Annual administration report of the Civil Veterinary Department of India - 1894-1895
Year: 1894
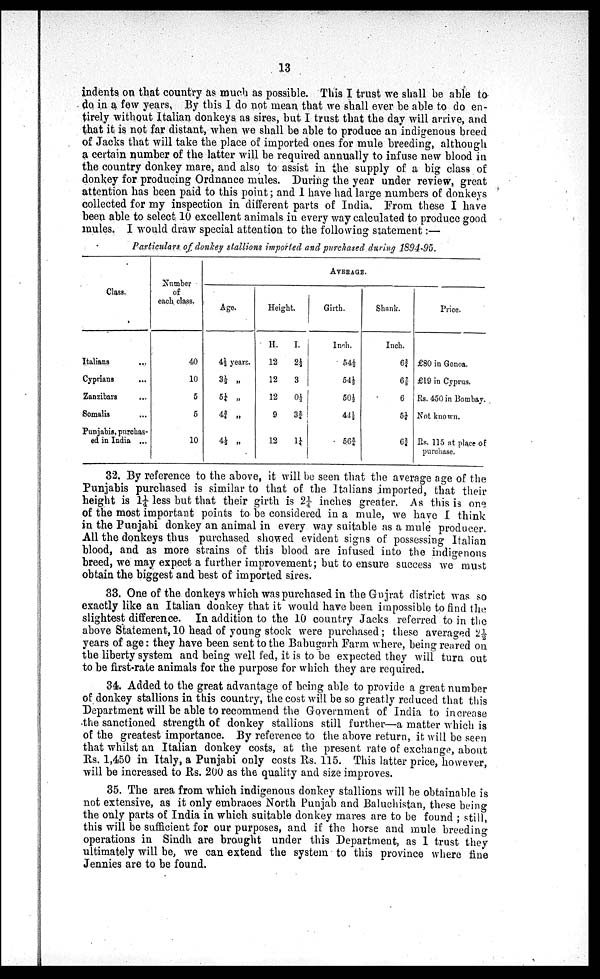
13
indents on that country as much as possible. This I trust we shall be able to
do in a few years. By this I do not mean that we shall ever be able to do en-
tirely without Italian donkeys as sires, but I trust that the day will arrive, and
that it is not far distant, when we shall be able to produce an indigenous breed
of Jacks that will take the place of imported ones for mule breeding, although
a certain number of the latter will be required annually to infuse new blood in
the country donkey mare, and also to assist in the supply of a big class of
donkey for producing Ordnance mules. During the year under review, great
attention has been paid to this point; and I have had large numbers of donkeys
collected for my inspection in different parts of India. From these I have
been able to select 10 excellent animals in every way calculated to produce good
mules. I would draw special attention to the following statement:—
Particulars of donkey stallions imported and purchased during 1894-95.
Class.
Italians ...
Cyprians ...
Zanzibars ...
Somalia ...
Punjabis, purchas-
ed in India ...
Number
of
each class.
40
10
5
5
10
AVERAGE.
Age.
4½ years.
3½ „
5¼ „
4¾ „
4½ „
Height.
H.
12
12
12
9
12
I.
2½
3
0½
3¾
1¼
Girth.
Inch.
54½
54½
50½
44½
56¾
Shank.
Inch.
6¾
62/8
6
5¼
6¾
Price.
£80 in Genoa.
£19 in Cyprus.
Rs. 450 in Bombay.
Not known.
Rs. 115 at place of
purchase.
32. By reference to the above, it will be seen that the average age of the
Punjabis purchased is similar to that of the Italians imported, that their
height is 1¼ less but that their girth is 2¼ inches greater. As this is one
of the most important points to be considered in a mule, we have I think
in the Punjabi donkey an animal in every way suitable as a mule producer.
All the donkeys thus purchased showed evident signs of possessing Italian
blood, and as more strains of this blood are infused into the indigenous
breed, we may expect a further improvement; but to ensure success we must
obtain the biggest and best of imported sires.
33. One of the donkeys which was purchased in the Gujrat district was so
exactly like an Italian donkey that it would have been impossible to find the
slightest difference. In addition to the 10 country Jacks referred to in the
above Statement, 10 head of young stock were purchased; these averaged 2½
years of age: they have been sent to the Babugarh Farm where, being reared on
the liberty system and being well fed, it is to be expected they will turn out
to be first-rate animals for the purpose for which they are required.
34. Added to the great advantage of being able to provide a great number
of donkey stallions in this country, the cost will be so greatly reduced that this
Department will be able to recommend the Government of India to increase
the sanctioned strength of donkey stallions still further—a matter which is
of the greatest importance. By reference to the above return, it will be seen
that whilst an Italian donkey costs, at the present rate of exchange, about
Rs. 1,450 in Italy, a Punjabi only costs Rs. 115. This latter price, however,
will be increased to Rs. 200 as the quality and size improves.
35. The area from which indigenous donkey stallions will be obtainable is
not extensive, as it only embraces North Punjab and Baluchistan, these being
the only parts of India in which suitable donkey mares are to be found ; still,
this will be sufficient for our purposes, and if the horse and mule breeding
operations in Sindh are brought under this Department, as I trust they
ultimately will be, we can extend the system to this province where fine
Jennies are to be found.